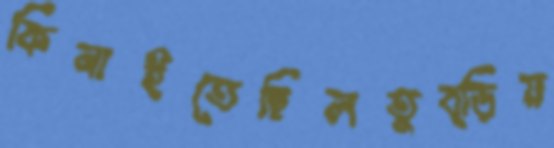
কিনাইতেছিলতুব্‌ড়িয়